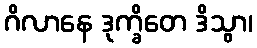
ဂိလာနေ ဒုက္ခိတေ ဒိသွာ၊